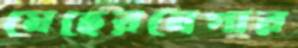
মেহেরনেগার